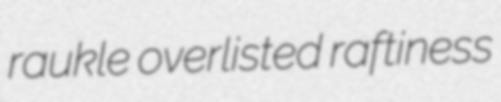
raukle overlisted raftiness